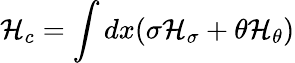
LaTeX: {\cal H}_{c}=\int dx(\sigma{\cal H}_{\sigma}+\theta{\cal H}_{\theta})